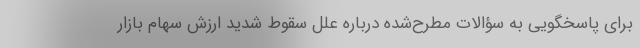
برای پاسخگویی به سؤالات مطرح‌شده درباره علل سقوط شدید ارزش سهام بازار